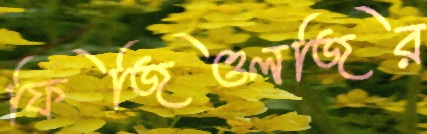
ফিজিওলজির